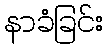
နာခံခြင်း